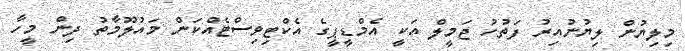
މިލިޔުން ލިޔުނުއިރު ފަތުހު ޖަމީލް އަކީ އެމްޑީޕީގެ އެކްޓިވިސްޓެއްކަން މައުލޫމާތު ދިން މީހާ